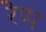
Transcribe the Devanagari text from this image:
रेप्प